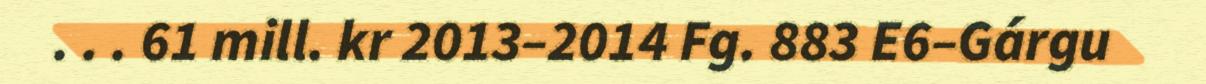
. . . 61 mill. kr 2013–2014 Fg. 883 E6–Gárgu